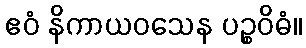
ဧဝံ နိကာယဝသေန ပဉ္စဝိဓံ။